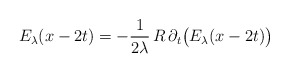
\begin{align*}E_\lambda(x-2t)= -\frac{1}{2\lambda}\,R\,\partial_t \big(E_\lambda(x-2t)\big)\end{align*}